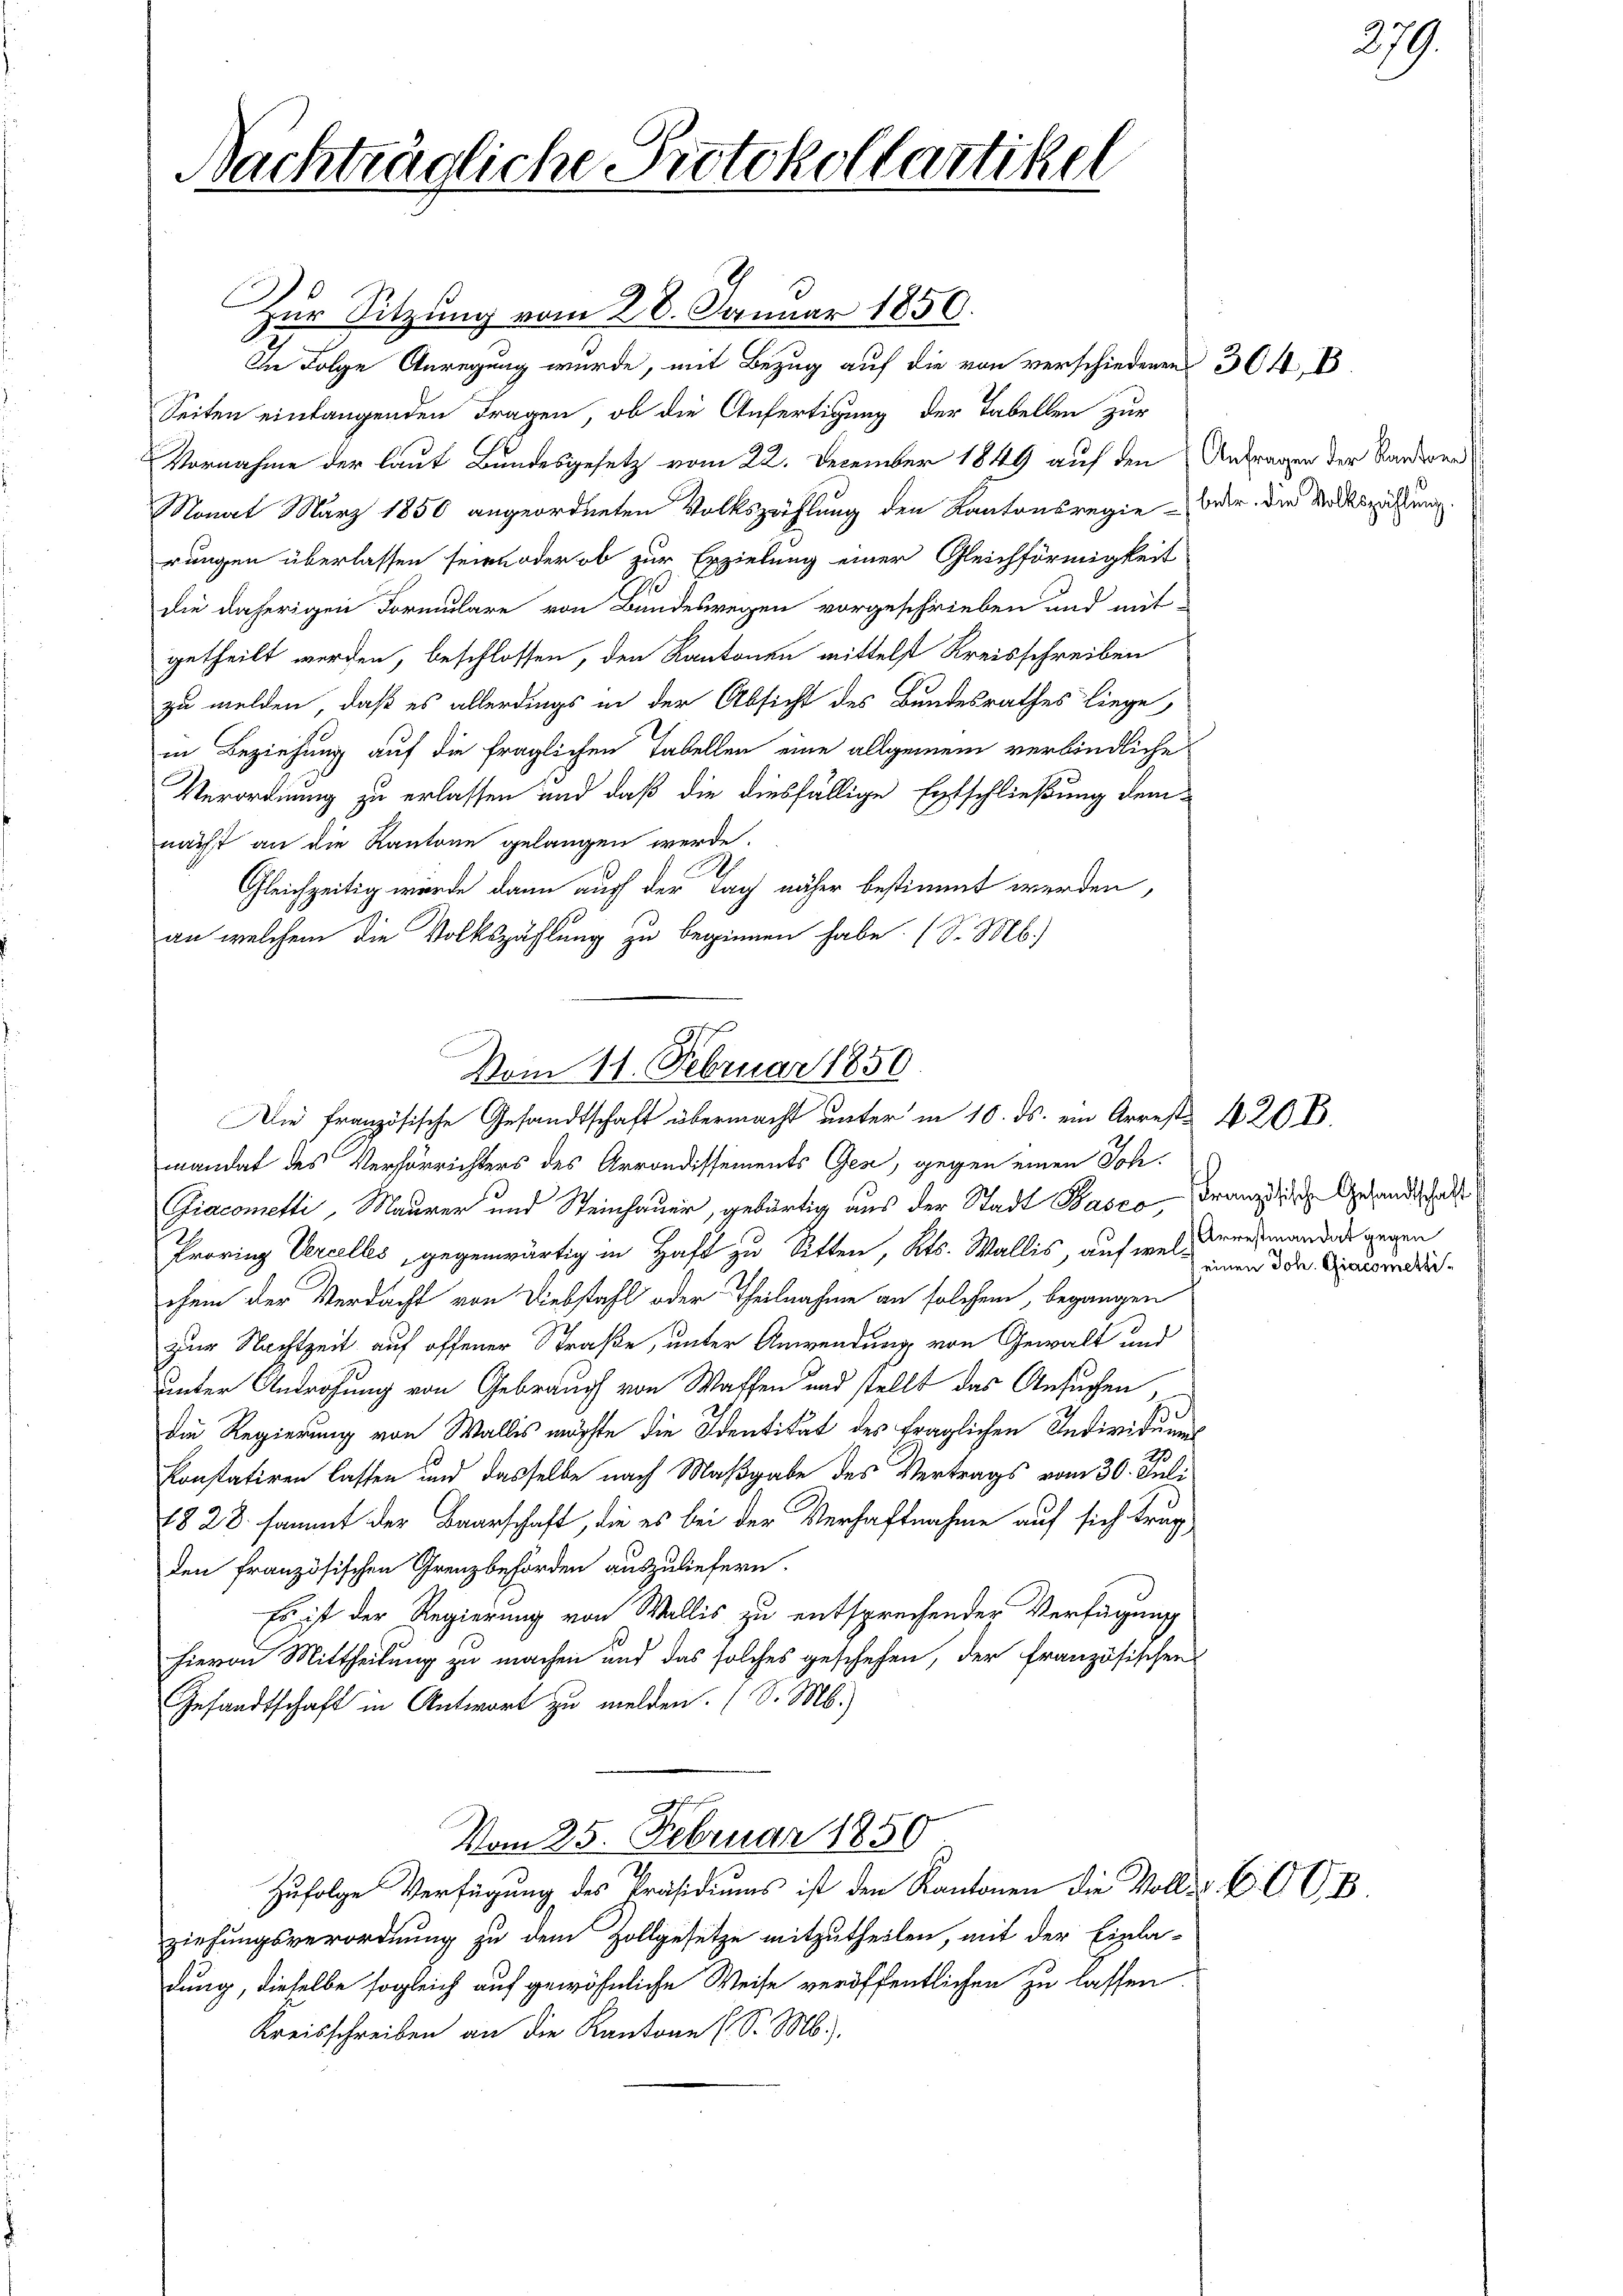
Nachträgliche Protokollartikel

Zur Sitzung vom 28. Januar 1850.
In Folge Anregung wurde, mit Bezug auf die von verschiedenen 304, B
Seiten einlangenden Fragen, ob die Anfertigung der Tabellen zur
Vornahme der laut Bundesgesetz vom 22. December 1849 auf den Antragen der Sanderer
Monat März 1850 angeordneten Volkszählung den Kantonsregie beder die Mottszahlung.
rungen überlassen seien oder ob zur Erzielung einer Gleichförmigkeit
die daherigen Formulare von Bundeswegen vorgeschrieben und mit
getheilt werden, beschlossen, den Kantonen mittelst Kreisschreiben
zu melden, daß es allerdings in der Absicht des Bundesrathes liege,
in Beziehung auf die fraglichen Tabellen eine allgemein verbindliche
Verordnung zu erlassen und daß die diesfällige Entschließung dem
nächst an die Kantone gelangen werde.
Gleichzeitig wurde dann auch der Tag näher bestimmt werden,
an welchem die Volkszählung zu beginnen habe. (S. M.)
mandat des Verhörrichters des Arrondissements Gen, gegen einen Joh.
Giacometti, Maurer und Steinhauer, gewärtig aus der Stadt Basco, Franz die Gesandtscha
Provinz Vercelles, gegenwärtig in Haft zu Sitten, Kts. Wallis, auf wel Verehemanders gegen
chem der Verdacht von Diebstahl oder Theilnahme an solchem, begangen
zur Nachtzeit auf offener Straße, unter Anwendung von Gewalt und
unter Androhung von Gebrauch von Waffen und stellt das Ansuchen
Die Regierung von Wallis möchte die Identität des fraglichen Individuums
Konstatiren lassen und dasselbe nach Maßgabe des Vertrags vom 30. Juli
78 28. sammt der Baarschaft, die es bei der Verhaftnahme auf sich trug
den französischen Grenzbehörden auszuliefern.
Es ist der Regierung von Wallis zu entsprechender Verfügung
hievon Mittheilung zu machen und das solches geschehen, der französischen
Gesandtschaft in Antwort zu melden. (S. M.)
Vom 25. Februar 1850
zufolge Verfügung des Präsidiums ist den Kantonen die Volls 60 G. B.
ziehungsverordnung zu dem Zollgesetze mitzutheilen, mit der Einla-
dung, dieselbe sogleich auf gewöhnliche Weise veröffentlichen zu lassen
Kreisschreiben an die Kantone (S. M.)

Vom 11. Februar 1850.
Die französische Gesandtschaft übermacht unter in 10. ds. ein Arreste 420 B

(einen Joh. Giacometti¬

279.